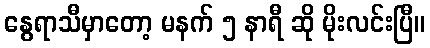
နွေရာသီမှာတော့ မနက် ၅ နာရီ ဆို မိုးလင်းပြီ။